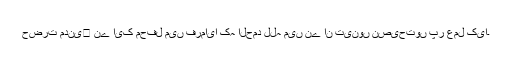
حضرت مدنی﷫ نے ایک محفل میں فرمایا کہ الحمد للہ میں نے ان تینوں نصیحتوں پر عمل کیا۔